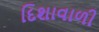
દિશાવાળી